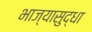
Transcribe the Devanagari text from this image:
भाज्यासुद्धा